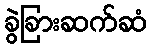
ခွဲခြားဆက်ဆံ